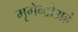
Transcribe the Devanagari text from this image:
मृगेन्द्रोअहं